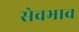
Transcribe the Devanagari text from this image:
सेवभाव